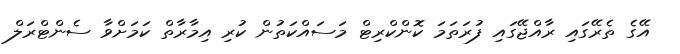
އޭގެ ތެރޭގައި ރާއްޖޭގައި ފުރަތަމަ ކޮންކްރިޓް މަސައްކަތުން ކުރި އިމާރާތް ކަމަށްވާ ސެންޓްރަލް